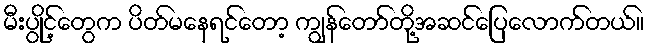
မီးပွိုင့်တွေက ပိတ်မနေရင်တော့ ကျွန်တော်တို့အဆင်ပြေလောက်တယ်။